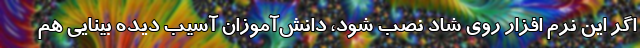
اگر این نرم افزار روی شاد نصب شود، دانش‌آموزان آسیب دیده بینایی هم